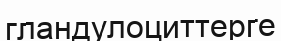
гландулоциттерге